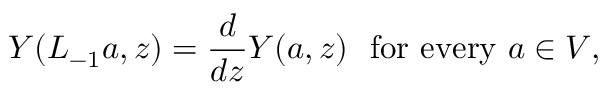
Y ( L _ { - 1 } a , z ) = \frac { d } { d z } Y ( a , z ) \ \ \mathrm { f o r ~ e v e r y ~ } a \in V ,